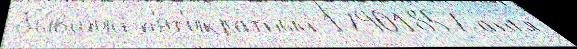
бы́вший п'ят'икратный 17901857 англ